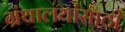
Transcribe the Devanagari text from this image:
ग्रंथालयांसाठी